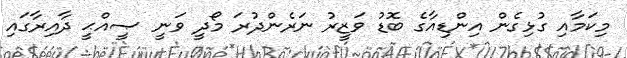
މިކަމާއި ގުޅިގެން އިންޑިއާގެ ބޮޑު ވަޒީރު ނަރެންދުރަ މޯދީ ވަނީ ޞީއްޙީ ދާއިރާގައި